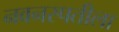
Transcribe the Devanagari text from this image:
नवनस्पतीला